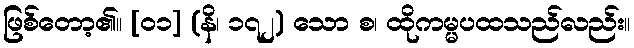
ဖြစ်တော့၏။ [၀၁] (နိ၊ ၁၇၂) သော စ၊ ထိုကမ္မပထသည်လည်း။